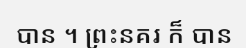
បាន ។ ព្រះនគរ ក៏ បាន